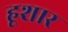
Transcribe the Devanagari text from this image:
हूशार